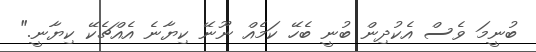
ބުނީމަ ވެސް އެކުދިން ބުނީ ބެހޭ ކަމެއް ނޫނޭ ކިޔާނެ އެއްޗެކޭ ކިޔާނީ."